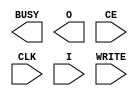
///////////////////////////////////////////////////////////////////////////////
// Copyright (c) 1995/2004 Xilinx, Inc.
// All Right Reserved.
///////////////////////////////////////////////////////////////////////////////
//   ____  ____
//  /   /\/   /
// /___/  \  /    Vendor : Xilinx
// \   \   \/     Version : 10.1
//  \   \         Description : Xilinx Functional Simulation Library Component
//  /   /                  Internal Configuration Access Port for Virtex5
// /___/   /\     Filename : ICAP_VIRTEX5.v
// \   \  /  \    Timestamp : Thu Jul 21 13:42:30 PDT 2005
//  \___\/\___\
//
// Revision:
//    07/21/05 - Initial version.
// End Revision

`timescale 1 ps / 1 ps 

module ICAP_VIRTEX5 (
	BUSY,
	O,
	CE,
	CLK,
	I,
	WRITE
);

output BUSY;
output [31:0] O;

input CE;
input CLK;
input WRITE;
input [31:0] I;

parameter ICAP_WIDTH = "X8";

initial begin
        case (ICAP_WIDTH)
                "X8" , "X16", "X32" : ;
                default : begin
                        $display("Attribute Syntax Error : The Attribute ICAP_WIDTH on ICAP_VIRTEX5 instance %m is set to %s.  Legal values for this attribute are X8, X16 or X32.", ICAP_WIDTH);
                        $finish;
                end
        endcase

end



specify
	specparam PATHPULSE$ = 0;
endspecify

endmodule